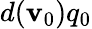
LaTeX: d(\mathbf{v}_{0})q_{0}